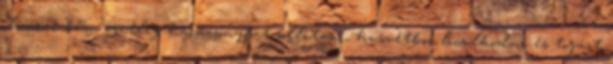
olvasni bűn, esetleg karácsonyfát állítani, húsvétkor locsolkodni és tojást